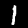
Label: 1